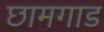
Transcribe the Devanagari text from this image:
छामगाड